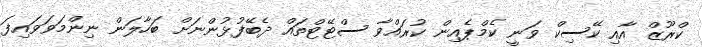
ކްރޫޒް އާއި ކޭސިކް ވަނީ ކެމްޕެއިން ކުރައްވާ ސްޓޭޓްތައް ދެބޭފުޅުންނަށް ބަހާލަން ނިންމަވަވައިފަ